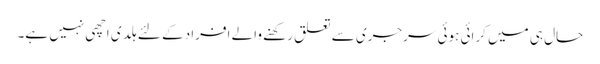
حال ہی میں کرائی ہوئی سرجری سے تعلق رکھنے والے افراد کے لئے ہلدی اچھی نہیں ہے۔